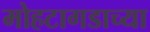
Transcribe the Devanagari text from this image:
मोहटागडाच्या